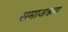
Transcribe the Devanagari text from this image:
समाजऋण